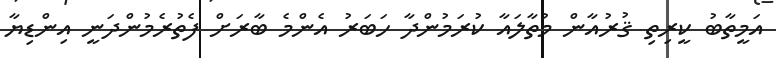
އަމީތާބު ކީރިތި ޤުރުއާން މުތާލައާ ކުރަމުންދާ ހަބަރު އެންމެ ބާރަށް ފެތުރެމުންދަނީ އިންޑިޔާ